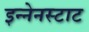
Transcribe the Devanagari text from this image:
इन्नेनस्टाट